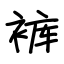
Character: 裤